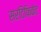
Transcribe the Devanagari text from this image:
सरटिफ़िकेट